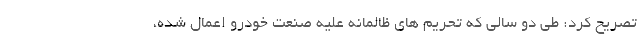
تصریح کرد: طی دو سالی که تحریم های ظالمانه علیه صنعت خودرو اعمال شده،